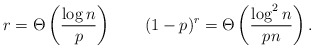
\begin{align*}r = \Theta\left(\frac{\log n}{p}\right)\qquad(1-p)^r = \Theta\left(\frac{\log^2 n}{pn}\right).\end{align*}